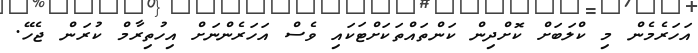
އަހަރެމެން މި ކްލަބަށް ކޮށްދިން ކަންތައްތަކަށްޓަކައި ވެސް އަހަރެންނަށް އިހުތިރާމް ކުރަން ޖެހޭ.